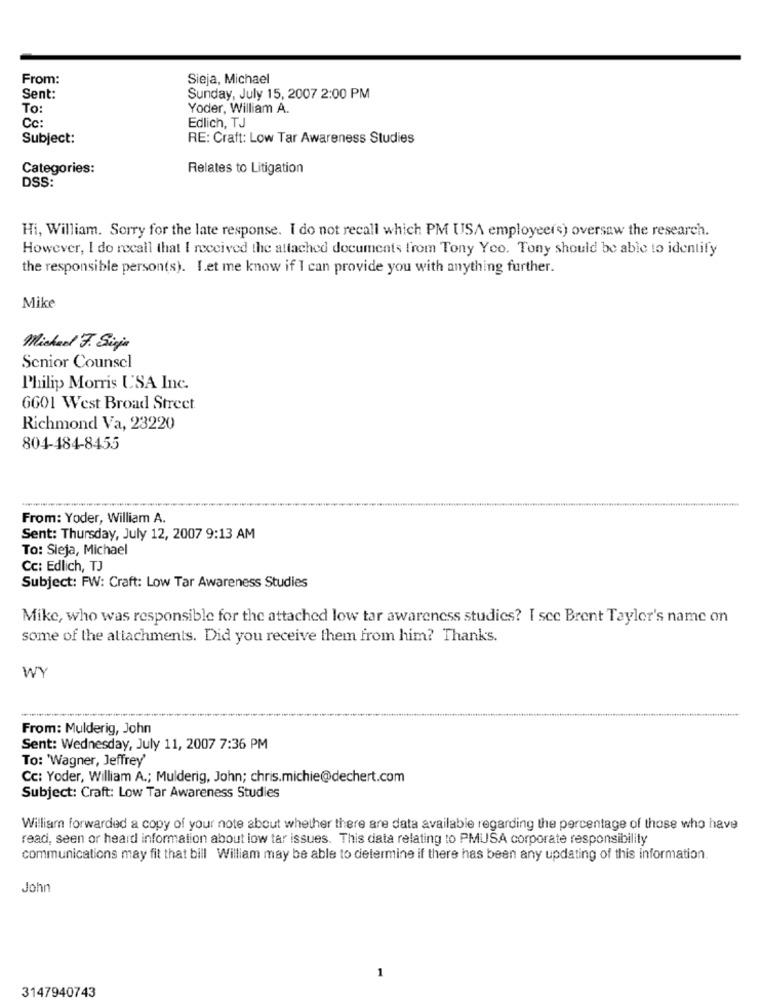
From:
Sieja, Michael
Sent:
Sunday, July 15, 2007 2:00 PM
To:
Yoder, William A.
Edlich, TJ
Cc:
Subject:
RE: Craft: Low Tar Awareness Studies
Categories:
Relates to Litigation
DSS:
Hi, William. Sorry for the late response. I do not recall which PM USA employeers) oversaw the research.
However, I do recall that I received the attached documents from Tony Yco. Tony should be able to identify
the responsible person(s). Let me know if I can provide you with anything further.
Mike
Michael J. Sigje
Senior Counsel
Philip Morris USA Inc.
6601 West Broad Street
Richmond Va, 23220
804-484-8455
From: Yoder, William A.
Sent: Thursday, July 12, 2007 9:13 AM
To: Sieja, Michael
Cc: Edlich, TJ
Subject: FW: Craft: Low Tar Awareness Studies
Mike, who was responsible for the attached low tar awareness studies? I see Brent Taylor's name on
some of the attachments. Did you receive them from him? Thanks.
WY
From: Mulderig, John
Sent: Wednesday, July 11, 2007 7:36 PM
To: 'Wagner, Jeffrey
Cc: Yoder, William A .; Mulderig, John; chris.michie@dechert.com
Subject: Craft: Low Tar Awareness Studies
William forwarded a copy of your note about whether there are data available regarding the percentage of those who have
read, seen or heard information about low tar issues. This data relating to PMUSA corporate responsibility
communications may fit that bill William may be able to determine if there has been any updating of this information.
John
1
3147940743